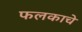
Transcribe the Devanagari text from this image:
फलकाचे